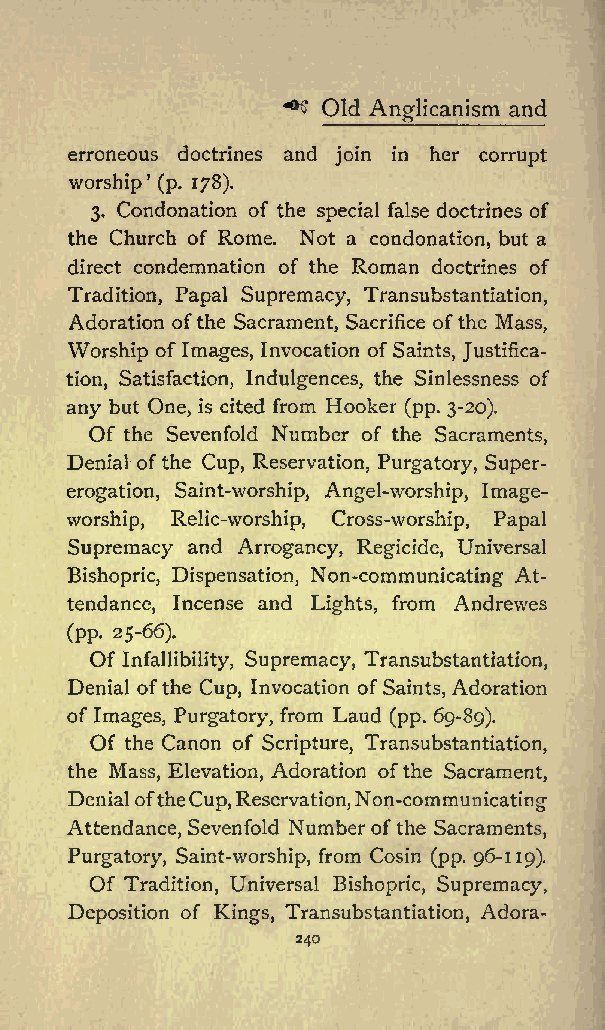
^
 Old          and
 Anglicanism
 erroneous doctrines and join in her corrupt
 worship (p. 178).
 3. Condonation of the special false doctrines of
 the Church of Rome. Not a condonation, but a
 direct condemnation of the Roman doctrines of
 Tradition, Papal Supremacy, Transubstantiation,
 Adoration ofthe Sacrament, Sacrifice ofthe Mass,
 Worship of Images, Invocation ofSaints, Justifica
 tion, Satisfaction, Indulgences, the Sinlessness of
 any but One, is cited from Hooker (pp. 3-20).
 Of the Sevenfold Number of the Sacraments,
 Denial ofthe Cup, Reservation, Purgatory, Super
 erogation, Saint-worship, Angel-worship, Image-
 worship, Relic-worship, Cross-worship, Papal
 Supremacy and Arrogancy, Regicide, Universal
 Bishopric, Dispensation, Non-communicating At
 tendance, Incense and Lights, from Andrewes
 (pp. 25-66).
 Of Infallibility, Supremacy, Transubstantiation,
 Denial ofthe Cup, Invocation ofSaints, Adoration
 of Images, Purgatory, from Laud (pp. 69-89).
 Of the Canon of Scripture, Transubstantiation,
 the Mass, Elevation, Adoration ofthe Sacrament,
 DenialoftheCup,Reservation,Non-communicating
 Attendance, Sevenfold Number ofthe Sacraments,
 Purgatory, Saint-worship, from Cosin (pp. 96-119).
 Of Tradition, Universal Bishopric, Supremacy,
 Deposition of Kings, Transubstantiation, Adora-
 240